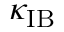
\kappa _ { \mathrm { I B } }